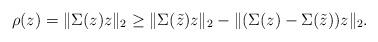
LaTeX: \begin{align*} \rho(z) = \|\Sigma(z)z\|_2 \geq \|\Sigma(\tilde{z})z\|_2 - \|(\Sigma(z)-\Sigma(\tilde{z}))z\|_2. \end{align*}